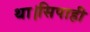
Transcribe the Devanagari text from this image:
था।सिपाही